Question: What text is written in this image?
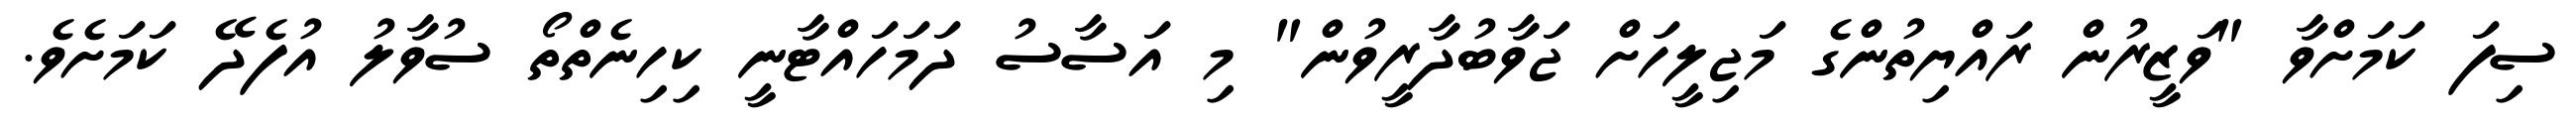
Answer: ސިފަ ކަމަށްވާ "ވަޒީރުން ރައްޔިތުންގެ މަޖިލީހަށް ޖަވާބުދާރީވުން" މި އަސާސު ދަމަހައްޓާނީ ކިހިނެތްތޯ ސުވާލު އުފެދޭ ކަމަށެވެ.